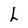
Character: L